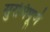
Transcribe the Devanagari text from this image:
सुरभिपूर्ण